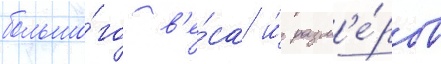
большо́го в'е́са и́ разм'е́ров